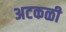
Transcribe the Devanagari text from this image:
अटकळी